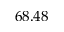
6 8 . 4 8